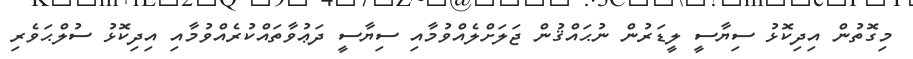
މިގޮތުން އިދިކޮޅު ސިޔާސީ ލީޑަރުން ނުޙައްޤުން ޖަލަށްލެއްވުމާއި ސިޔާސީ ދަޢުވާތައްކުރެއްވުމާއި އިދިކޮޅު ސުލްޙަވެރި